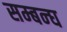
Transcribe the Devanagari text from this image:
सम्बन्घ